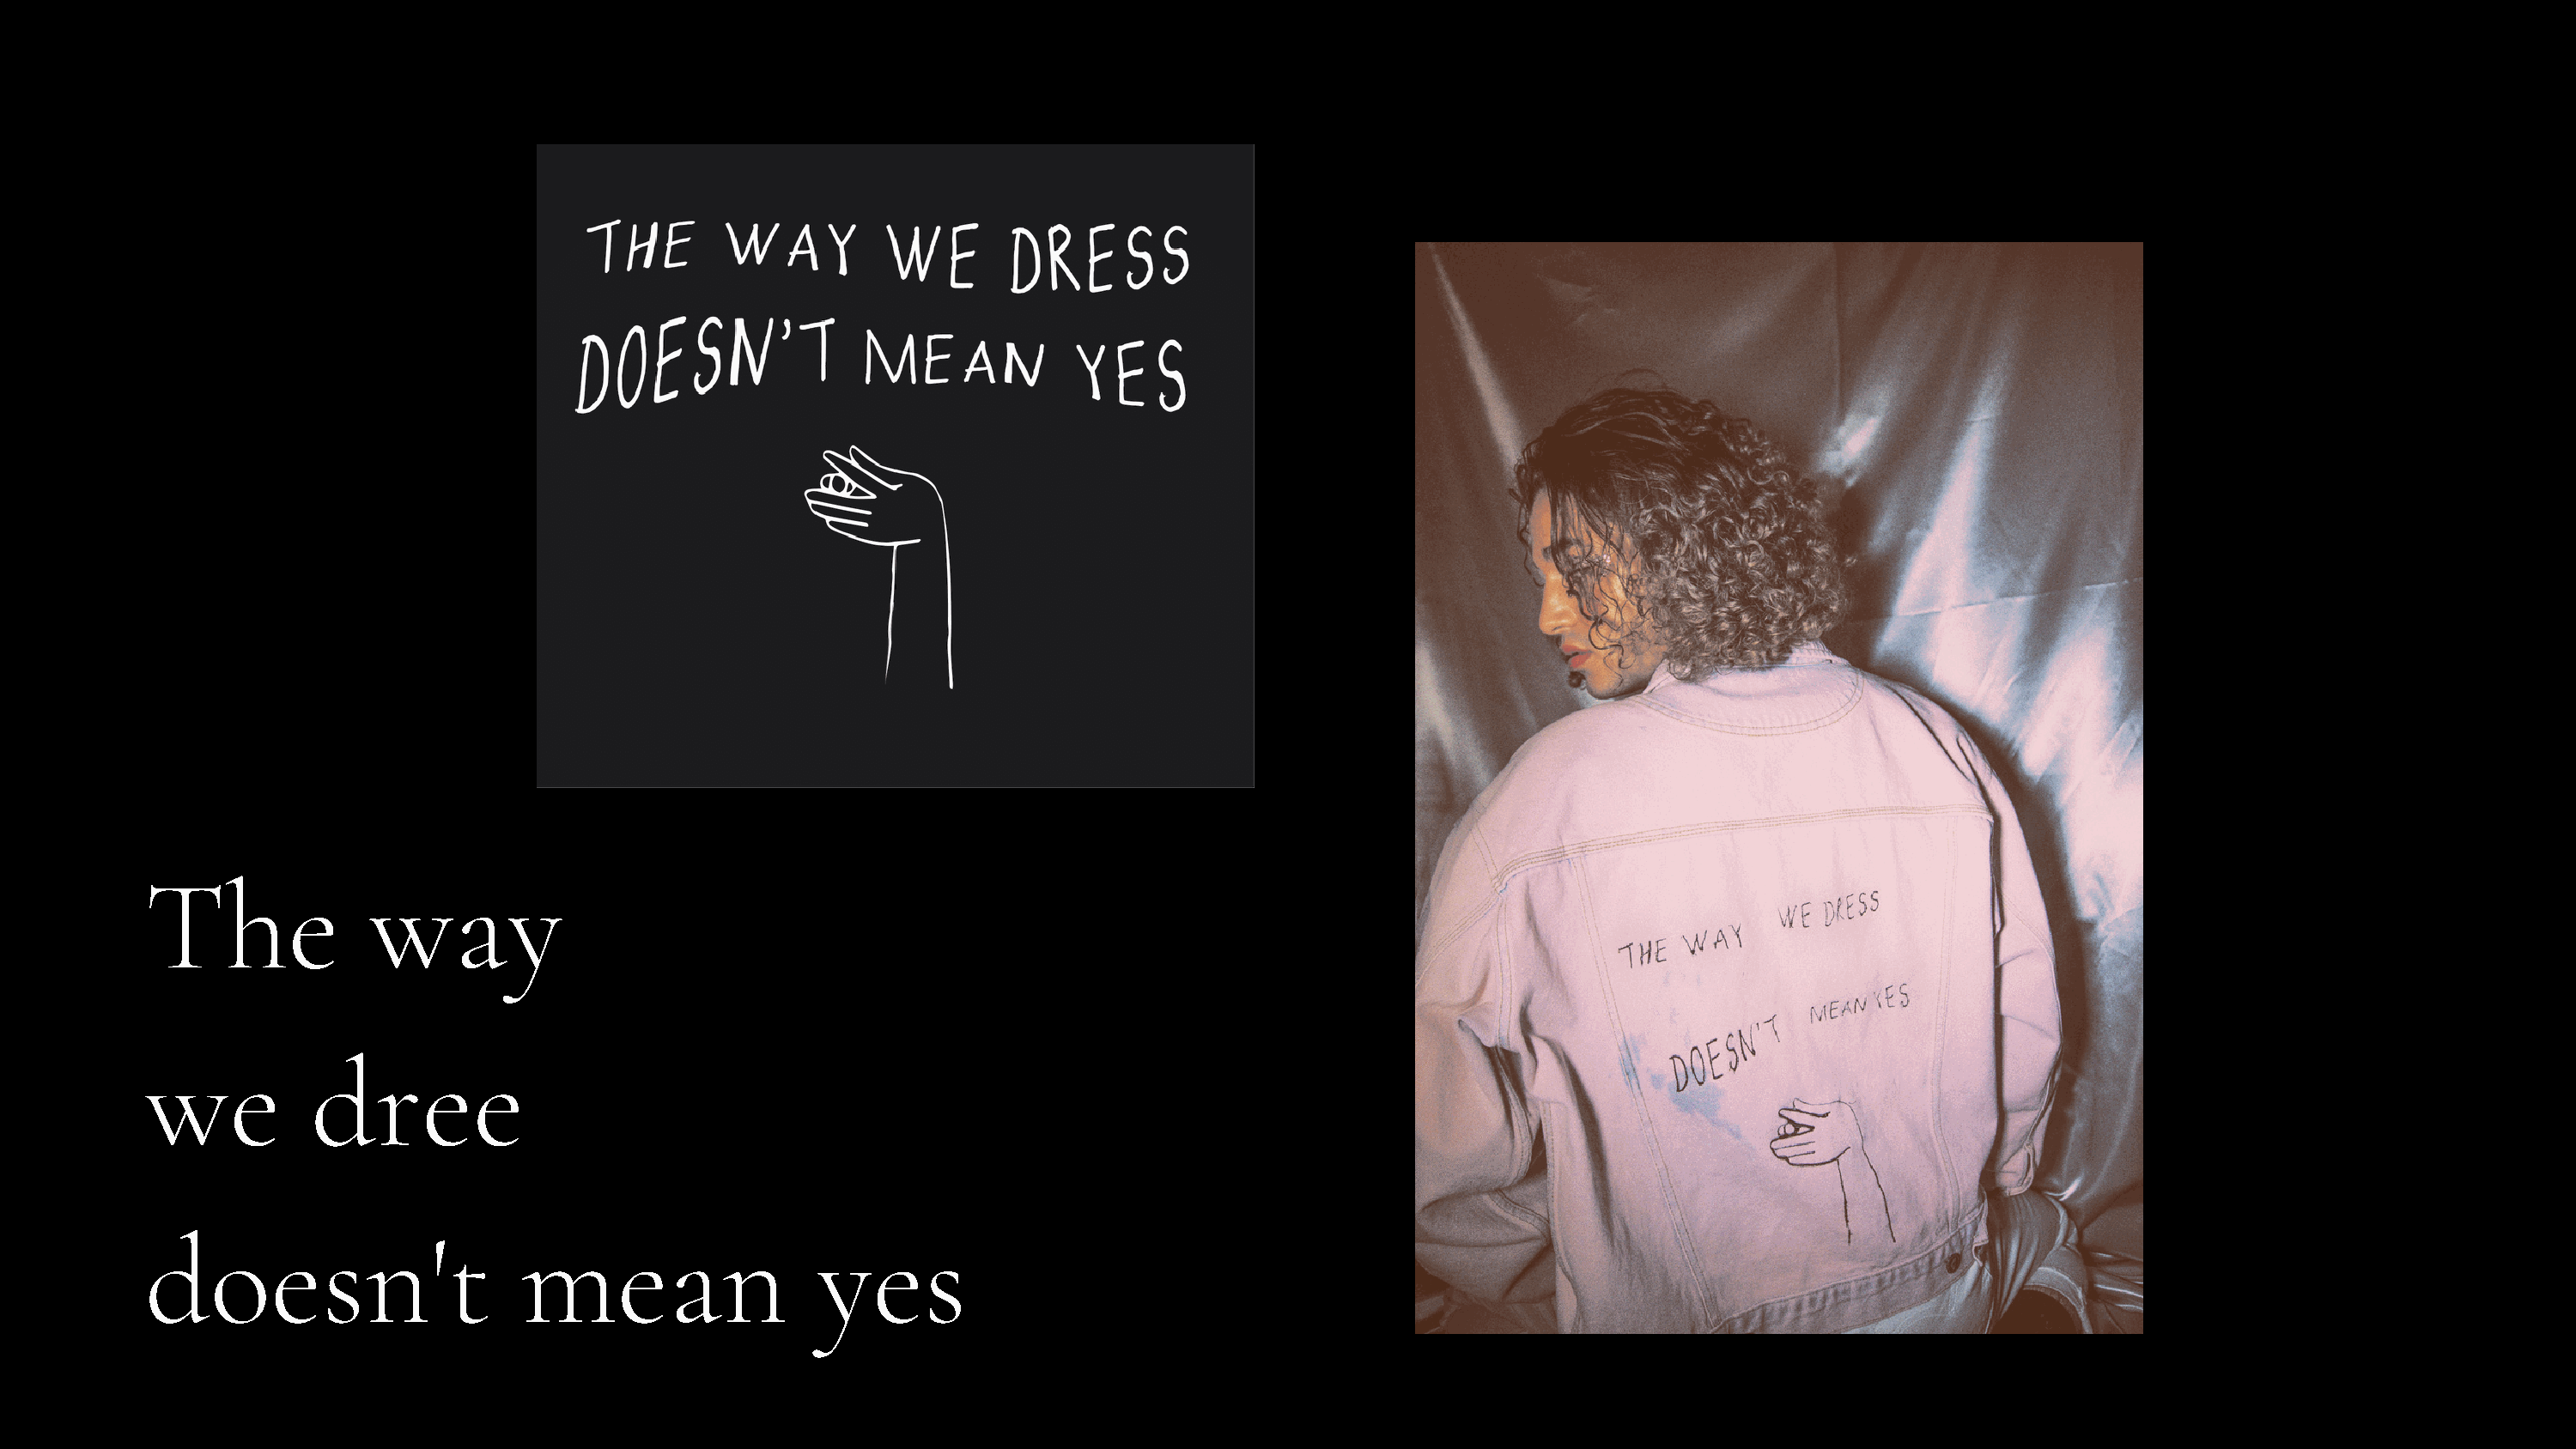
The              way
 we           dree
 doesn't                      mean                   yes